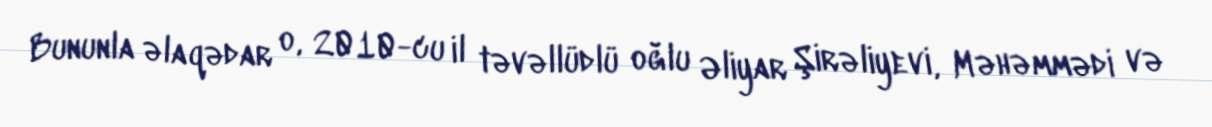
Bununla əlaqədar o, 2010-cu il təvəllüdlü oğlu Əliyar Şirəliyevi, Məhəmmədi və